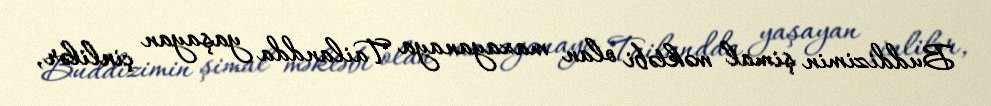
Buddizimin şimal məktəbi olan maxayanaya Tailandda yaşayan çinlilər,